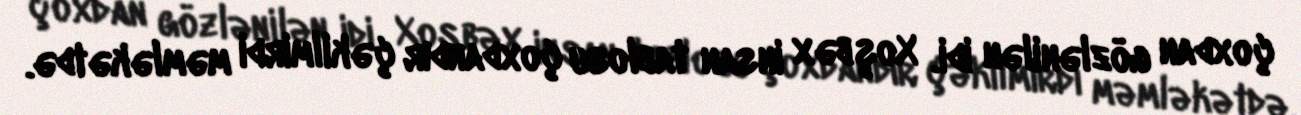
çoxdan gözlənilən idi. Xoşbəx insan tablosu çoxdandır çəkilmirdi məmləkətdə.